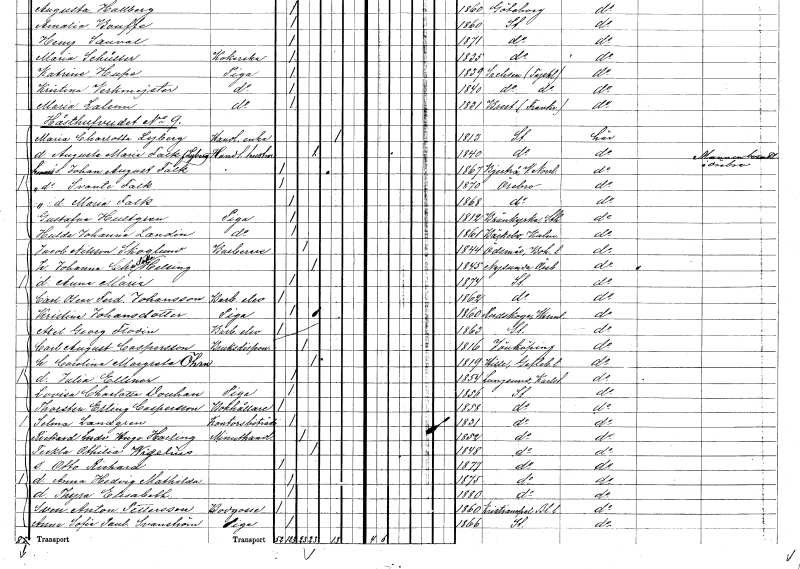
gt_parse: households: individuals: FN: Maria
EN: Falk
KON: K
CIV: O
FODAR: 1868
FODFORS: Örebro Örebro län
FN: Gustafva
EN: Hultgren
YRKE: Piga
KON: K
CIV: O
FODAR: 1812
FODFORS: Brännkyrka Stockholms län
FN: Hulda Johanna
EN: Landin
YRKE: Piga
KON: K
CIV: O
FODAR: 1861
FODFORS: Bäckebo Kalmar län
FN: Jacob
EN: Nilsson Skoglund
YRKE: Barberare
KON: M
CIV: G
FODAR: 1844
FODFORS: Ödsmål Göteborgs- och Bohuslän
FN: Johanna Charlotta
EN: Helsing
KON: K
CIV: G
FODAR: 1845
FODFORS: Nysund Örebro län
FN: Anna Maria
KON: K
CIV: O
FODAR: 1874
FODFORS: Stockholm
FN: Carl Oscar Ferdinand
EN: Johansson
YRKE: Barberareelev
KON: M
CIV: O
FODAR: 1862
FODFORS: Stockholm
FN: Kristina
EN: Johansdotter
YRKE: Piga
KON: K
CIV: O
FODAR: 1860
FODFORS: Rudskoga Värmlands län
FN: Axel Georg
EN: Flodin
YRKE: Barberareelev
KON: M
CIV: O
FODAR: 1863
FODFORS: Stockholm
FN: Carl August
EN: Caspersson
YRKE: Bruksdisponent
KON: M
CIV: G
FODAR: 1816
FODFORS: Jönköping Jönköpings län
FN: Carolina Margreta
EN: Öhrn
KON: K
CIV: G
FODAR: 1819
FODFORS: Hille Gävleborgs län
FN: Julia Ellinor
KON: K
CIV: O
FODAR: 1854
FODFORS: Lungsund Värmlands län
FN: Lovisa Charlotta
EN: Douhan
YRKE: Piga
KON: K
CIV: O
FODAR: 1856
FODFORS: Stockholm
FN: Thorsten Erling
EN: Caspersson
YRKE: Bokhållare
KON: M
CIV: O
FODAR: 1858
FODFORS: Stockholm
FN: Selma
EN: Landgren
YRKE: Kontorsbiträde
KON: K
CIV: O
FODAR: 1831
FODFORS: Stockholm
FN: Richard Ludvig Hugo
EN: Harling
YRKE: Minuthandlare
KON: M
CIV: G
FODAR: 1852
FODFORS: Stockholm
FN: Teckla Ottilia
EN: Wigelius
KON: K
CIV: G
FODAR: 1848
FODFORS: Stockholm
FN: Otto Richard
KON: M
CIV: O
FODAR: 1877
FODFORS: Stockholm
FN: Anna Hedvig Mathilda
KON: K
CIV: O
FODAR: 1875
FODFORS: Stockholm
FN: Thyra Elisabeth
KON: K
CIV: O
FODAR: 1880
FODFORS: Stockholm
FN: Sven Anton
EN: Pettersson
YRKE: Bodgosse
KON: M
CIV: O
FODAR: 1860
FODFORS: Kristianopel Blekinge län
FN: Anna Sofia Paulina
EN: Svanström
YRKE: Piga
KON: K
CIV: O
FODAR: 1866
FODFORS: Stockholm